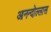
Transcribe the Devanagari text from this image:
आनन्दोल्लास